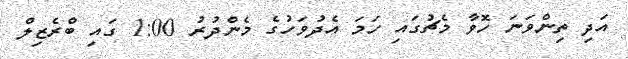
އަދި ތިންވަނަ ހޮވާ މެޗުގައި ހަމަ އެދުވަހުގެ މެންދުރު 1:00 ގައި ބްރެޒިލް